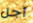
أجل